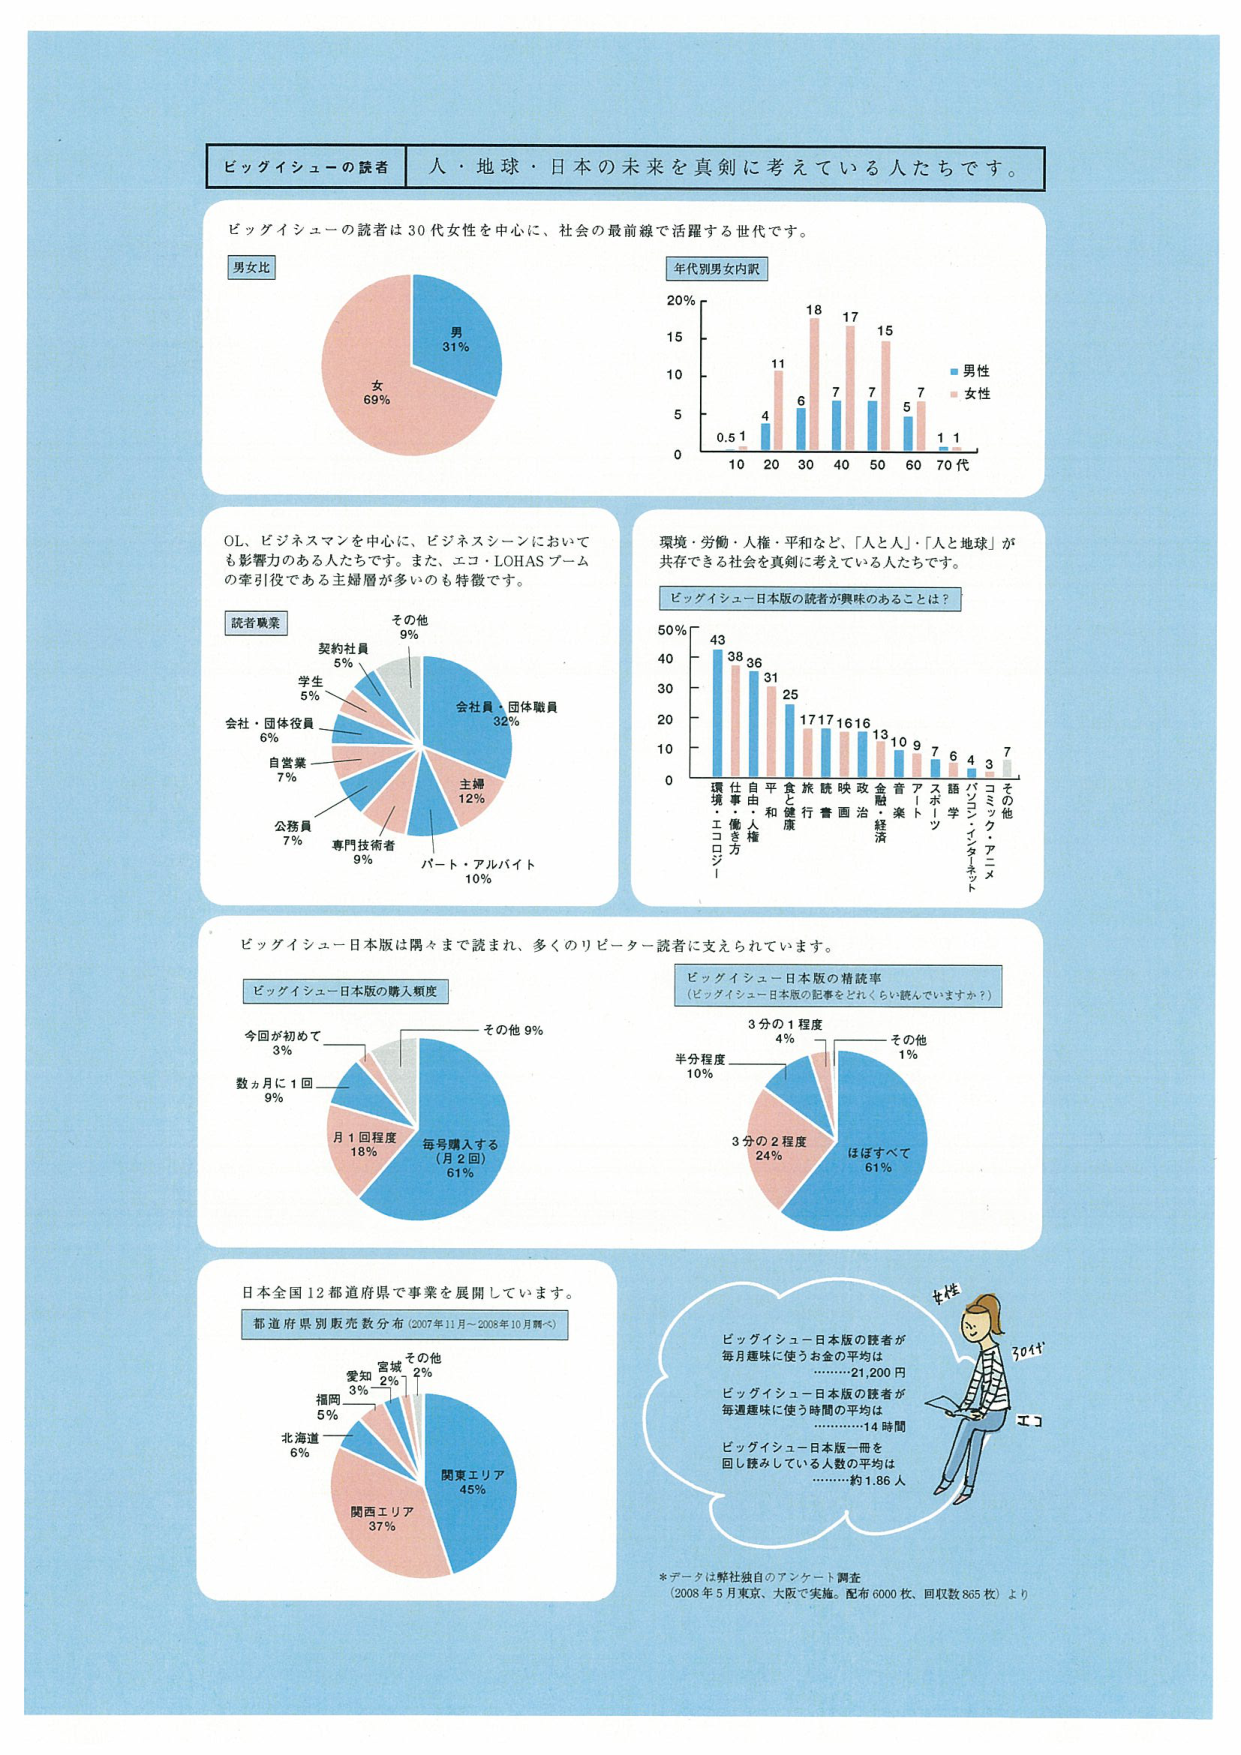
ビッグイシューの読者 人・地球・日本の未来を真剣に考えている人たちです。

ビッグイシューの読者は30代女性を中心に、社会の最前線で活躍する世代です。

男女比
男 31%
女 69%

年代別男女内訳
20%
15%
10%
5%
0
10 20 30 40 50 60 70代
0.5 1 4 11 6 18 7 17 7 15 5 7 1 1
■男性
■女性

OL、ビジネスマンを中心に、ビジネスシーンにおいても影響力のある人たちです。また、エコ・LOHASブームの牽引役である主婦層が多いのも特徴です。

読者職業
その他 9%
契約社員 5%
学生 5%
会社・団体役員 6%
自営業 7%
公務員 7%
専門技術者 9%
パート・アルバイト 10%
主婦 12%
会社員・団体職員 32%

環境・労働・人権・平和など、「人と人」「人と地球」が共存できる社会を真剣に考えている人たちです。

ビッグイシュー日本版の読者が興味のあることは？
50%
40%
30%
20%
10%
0
環境・エコロジ
仕事・働き方
自由・人権
平和・健康
食と健康
旅行
映画
政治
金融・経済
音楽
アート
スポーツ
語学
パソコン・インターネット
コミック・アニメ
その他
43 38 36 31 25 17 17 16 13 10 9 7 6 4 3 7

ビッグイシュー日本版は隅々まで読まれ、多くのリピーター読者に支えられています。

ビッグイシュー日本版の購入頻度
今回が初めて 3%
数ヶ月に1回 9%
月1回程度 18%
毎号購入する（月2回） 61%
その他 9%

ビッグイシュー日本版の精読率
（ビッグイシュー日本版の記事をどれくらい読んでいますか？）
3分の1程度 4%
半分程度 10%
3分の2程度 24%
ほぼすべて 61%
その他 1%

日本全国12都道府県で事業を展開しています。

都道府県別販売数分布（2007年11月～2008年10月調べ）
その他 2%
宮城 2%
愛知 3%
福岡 5%
北海道 6%
関西エリア 37%
関東エリア 45%

女性
30代
エコ
ビッグイシュー日本版の読者が毎月趣味に使うお金の平均は ………21,200円
ビッグイシュー日本版の読者が毎週趣味に使う時間の平均は ………14時間
ビッグイシュー日本版一冊を回し読みしている人数の平均は ………約1.86人

*データは弊社独自のアンケート調査（2008年5月東京、大阪で実施。配布6000枚、回収数865枚）より